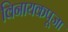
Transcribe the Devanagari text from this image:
विनायकपूजा